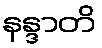
နန္ဒာတိ